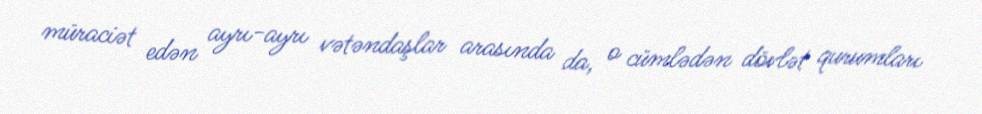
müraciət edən ayrı-ayrı vətəndaşlar arasında da, o cümlədən dövlət qurumları